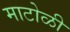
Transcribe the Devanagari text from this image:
माटोळी